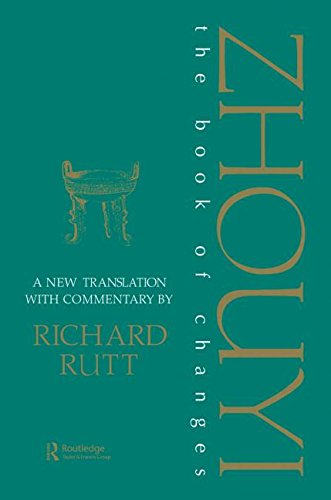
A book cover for Zhouyi: A New Translation with Commentary of the Book of Changes (Durham East Asia Series); Richard Rutt; Religion & Spirituality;